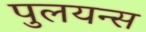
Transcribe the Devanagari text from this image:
पुलयन्स